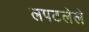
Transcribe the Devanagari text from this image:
लपटलेले